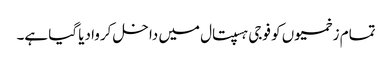
تمام زخمیوں کو فوجی ہسپتال میں داخل کروا دیا گیا ہے۔